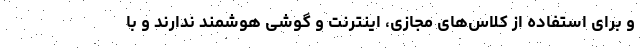
و برای استفاده از کلاس‌های مجازی، اینترنت و گوشی هوشمند ندارند و با